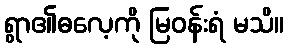
ရွာ၏ဓလေ့ကို မြဝန်းရံ မသိ။